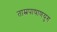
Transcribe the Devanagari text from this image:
ताम्रपाषाणयुग